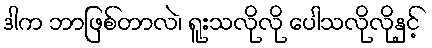
ဒါက ဘာဖြစ်တာလဲ၊ ရူးသလိုလို ပေါသလိုလိုနှင့်